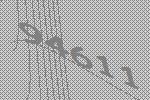
94611